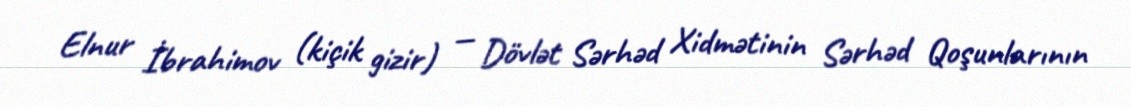
Elnur İbrahimov (kiçik gizir) — Dövlət Sərhəd Xidmətinin Sərhəd Qoşunlarının